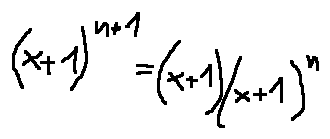
( x + 1 ) ^ { n + 1 } = ( x + 1 ) ( x + 1 ) ^ { n }